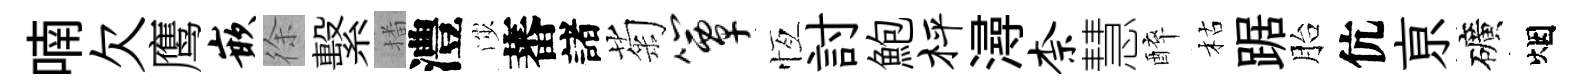
喃欠鹰嵌徐繫播澧渉蕃諸菊簟恆討鮑枰潯柰慧醉枯踞胎伉亰礦烟